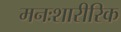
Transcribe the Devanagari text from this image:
मनःशारीरिक